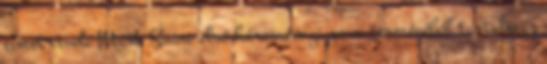
címet viseli Mark Snow első háromévnyi zenei terméséből tartalmaz